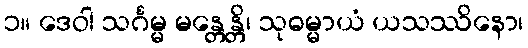
၁။ ဒေဝါ သင်္ဂမ္မ မန္တေန္တိ၊ သုဓမ္မာယံ ယသဿိနော၊